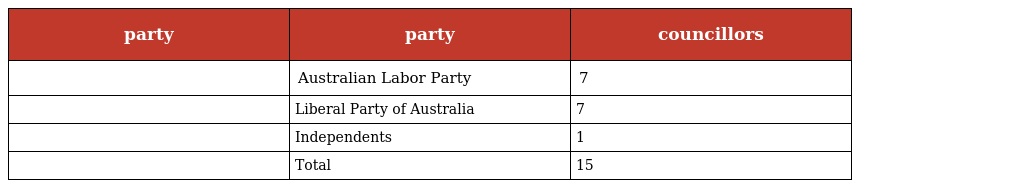
| party | party | councillors |
 | --- | --- | --- |
 |  | Australian Labor Party | 7 |
 |  | Liberal Party of Australia | 7 |
 |  | Independents | 1 |
 |  | Total | 15 |